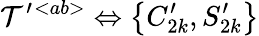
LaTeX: {\cal T}^{\prime}{}^{<ab>}\Leftrightarrow\big\{ C_{2k}^{\prime},S_{2k}^{\prime}\big\}